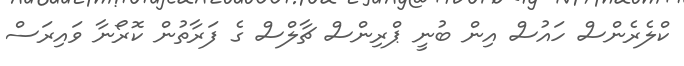
ކްލެރެންސް ހައުސް އިން ބުނީ ޕްރިންސް ޗާލްސް ގެ ފަރާތުން ކޮރޯނާ ވައިރަސް